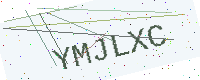
Text: YMJLXC